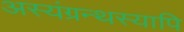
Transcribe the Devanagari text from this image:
अस्यंग्रन्थस्यापि